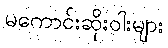
မကောင်းဆိုးဝါးများ